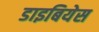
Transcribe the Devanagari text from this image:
डाइबियेस